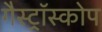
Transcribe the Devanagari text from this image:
गैस्ट्रॉस्कोप